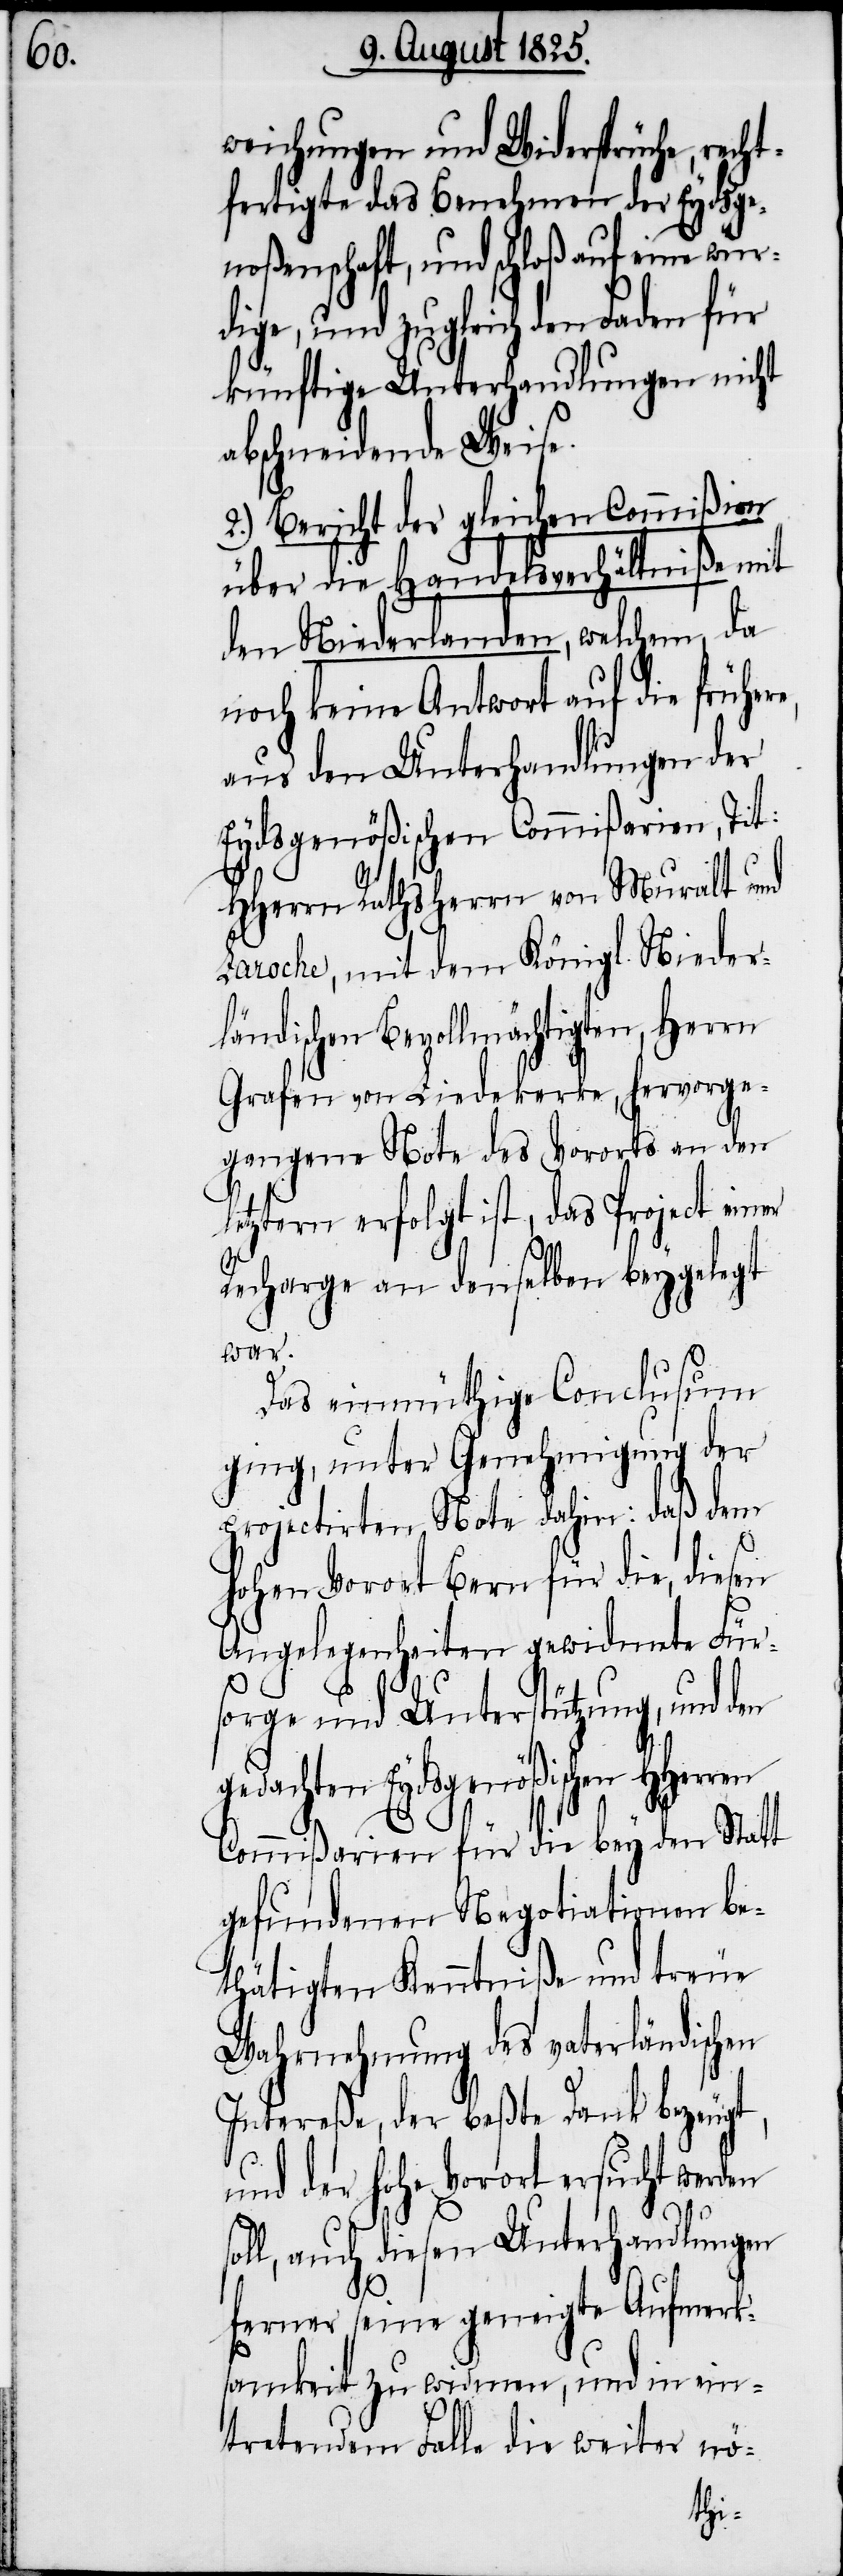
weichungen und Widersprüche, rech¬
tfertigte das Benehmen der Eydsge¬
noßenschaft, und schloß auf eine würd¬
ige, und zugleich den Faden für
künftige Unterhandlungen nicht
abschneidende Weise.
2.) Bericht der gleichen Commißion
über die Handelsverhältniße mit
den Niederlanden, welchem, da
noch keine Antwort auf die frühere,
aus den Unterhandlungen der
Eydsgenößischen Commißion, Tit.
HHerrn Rathsherrn von Muralt und
Laroche, mit dem Königl. Nieder¬
ländischen Bevollmächtigten, Herrn
Grafen von Liedekerke, hervorge¬
gangene Note des Vororts an den
letztern erfolgt ist, das Project einer
Recharge an denselben beygelegt
war.
Das einmüthige Conclusum
ging, unter Genehmigung der
projectirten Note dahin: daß dem
hohen Vorort Bern für die, diesen
Angelegenheiten gewidmete Für¬
sorge und Unterstützung, und den
gedachten Eydsgenößischen HHerren
Commißarien für die bey den Statt
gefundenen Negotiationen be¬
thätigten Kenntniß und treue
Wahrnehmung des vaterländischen
Intereße, der beßte Dank bezeugt,
und der hohe Vorort ersucht werden
so¬
ll, auch diesen Unterhandlungen
ferner seine geneigte Aufmerk¬
samkeit zu widmen, und in ein¬
tretendem Falle die weiter nö-